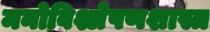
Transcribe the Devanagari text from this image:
मनोविश्लेषणशास्त्र